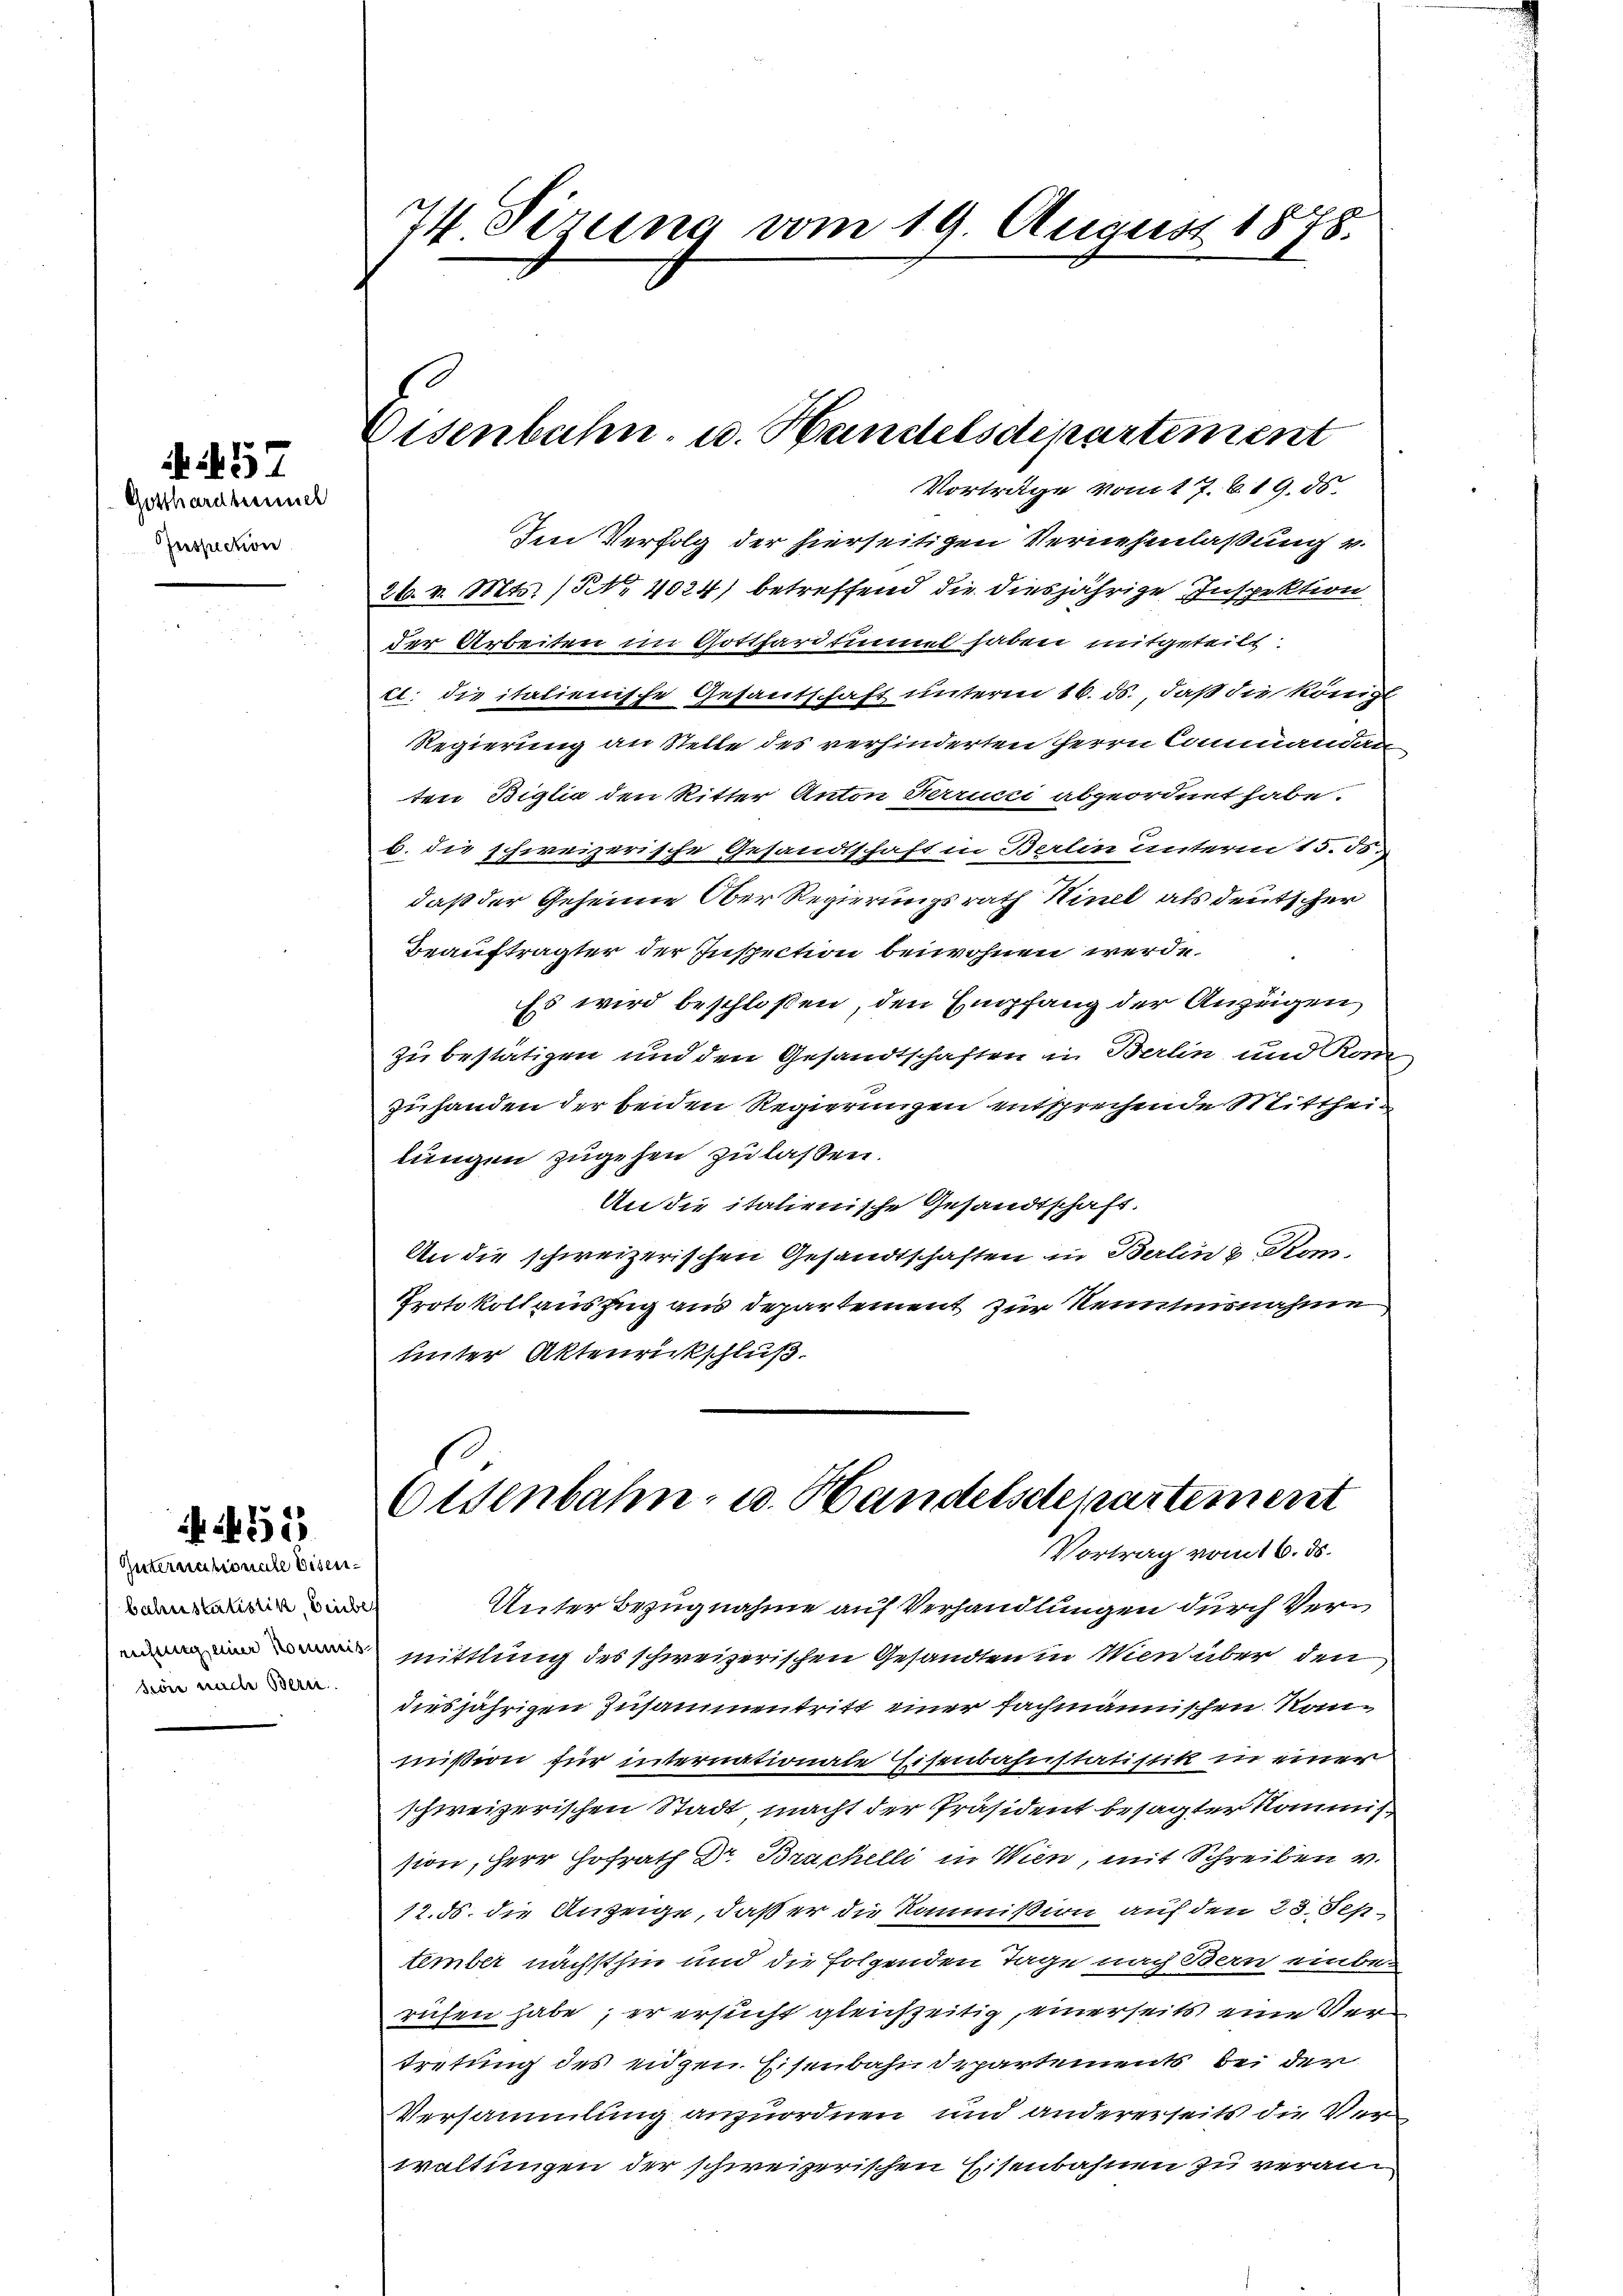
A 457

Gosthardbummel
Inspection

455

Internationale Eisenbahnstatistik, Gruber
sione nache Beri

74. Sizung vom 19. August 1878.

Vortrage vom 17. 619. ds.
Im Verfolg der hierseitigen Vernehmlaßung v.
26. v. Mts. (Nr. 4024) betreffend die diesjährige Inspektion
der Arbeiten im Gotthardtunnel haben mitgeteilt.
cl. die italienische Gesantschaft unterm 16. ds., daß die Königl
Regierung an Stelle des verhinderten HHerrn Commandan
ten Biglia den Ritter Anton Verrucci abgeordnet habe.
b. die schweizerische Gesandtschaft in Berlin unterm 15. ds.
daß der Geheime Ober Regierungsrath Hinel als deutscher
Beauftragter der Inspection beiwohnen werde.
Es wird beschloßen, den Empfang der Anzeigen
zu bestätigen und den Gesandtschaften in Berlin und Kom
zuhanden der beiden Regierungen entsprechende Mittheilungen zugehen zu lassen.
An die italienische Gesandtschaft.
An die schweizerischen Gesandtschaften in Berlin & Kom-
Protokollauszug aus departement zur Renntnisnahme
unter Aktenrickschluß.

Eisenbahn, u. Handelsdepartement

Osenbahn- u. Handelsdepartement
Vortrag vom 16. ds.

Unter Bezugnahme auf Verhandlungen durch Vermittlung des schweizerischen Gesandten in Wien über den
diesjährigen Zusammentritt einer fachmännischen Kanmißion für internationate Eisenbahnstatistik in einer
schweizerischen Stadt, macht der Präsident besagter Kommission, Herr Hofrath Dr. Brachelli in Wien, mit Schreiben v.
12. ds. die Anzeige, daß er die Kommission auf den 23. September nächsthin und die folgenden Tage nach Bern einbe
rufen habe, er ersucht gleichzeitig, einerseits eine Vertretung des eidgen. Eisenbahndepartements bei der
Versammlung anzuordnen und andererseits die Ver
waltungen der schweizerischen Eisenbahnen zu veran¬